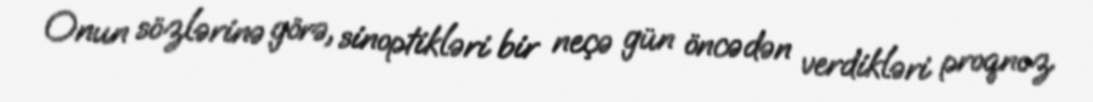
Onun sözlərinə görə, sinoptikləri bir neçə gün öncədən verdikləri proqnoz